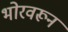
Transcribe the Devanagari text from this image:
भोरवरून